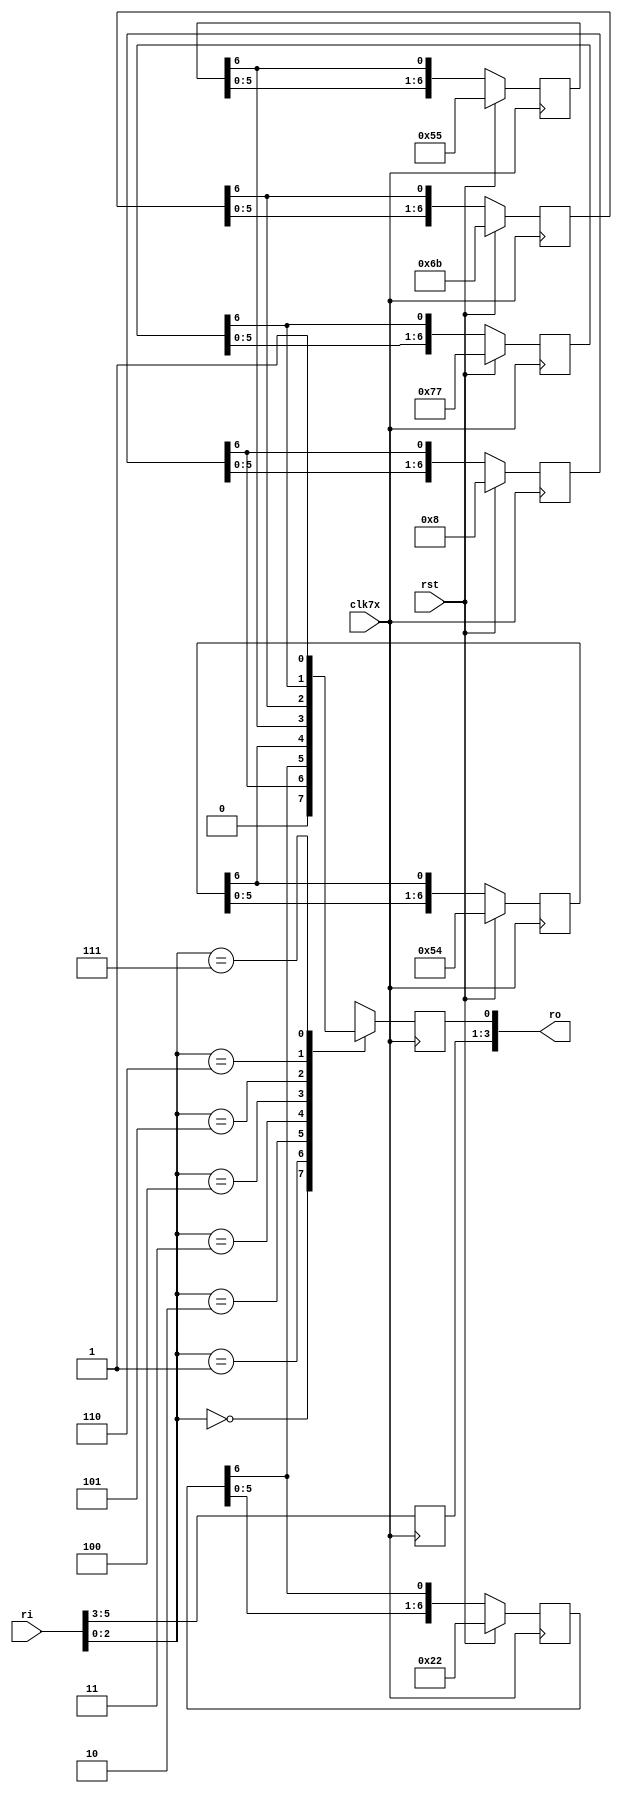

module ColorCvt6to4(rst,clk7x,ri,ro);
input rst;
input clk7x;
input [5:0] ri;
output reg [3:0] ro;

reg [6:0] power17,power27,power37,power47,power57,power67;
always @(posedge clk7x)
if (rst) begin
	power17 <= 7'b0001000;
	power27 <= 7'b0100010;
	power37 <= 7'b1010100;
	power47 <= 7'b1010101;
	power57 <= 7'b1101011;
	power67 <= 7'b1110111;
end
else begin
	power17 <= {power17[5:0],power17[6]};
	power27 <= {power27[5:0],power27[6]};
	power37 <= {power37[5:0],power37[6]};
	power47 <= {power47[5:0],power47[6]};
	power57 <= {power57[5:0],power57[6]};
	power67 <= {power67[5:0],power67[6]};
end


always @(posedge clk7x)
	ro[3:1] <= ri[5:3];
always @(posedge clk7x)
case(ri[2:0])
3'b000:	ro[0] <= 1'b0;
3'b001: ro[0] <= power17[6];
3'b010: ro[0] <= power27[6];
3'b011:	ro[0] <= power37[6];
3'b100:	ro[0] <= power47[6];
3'b101:	ro[0] <= power57[6];
3'b110:	ro[0] <= power67[6];
3'b111:	ro[0] <= 1'b1;
endcase

endmodule